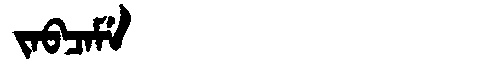
Manchu: ᠵᠠᠪᠴᠠᠮᡝ
Romanization: JABCAME